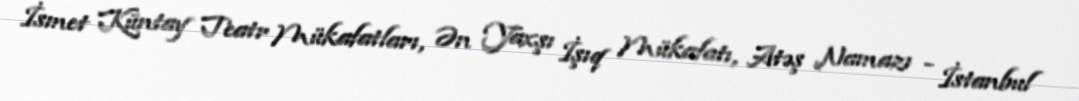
İsmet Küntay Teatr Mükafatları, Ən Yaxşı İşıq Mükafatı, Atəş Namazı - İstanbul